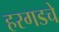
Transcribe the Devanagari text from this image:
हरगडचे